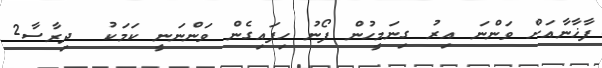
ފާޚާނާއަށް ވަންނަ އިރު ގިނަމީހުން ފޯނު ހިފައިގެން ވަންނަނީ ކަމަކު  ދިރާސާ2